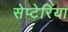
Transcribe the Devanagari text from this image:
सेप्टेरिया